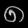
Digit: ၈